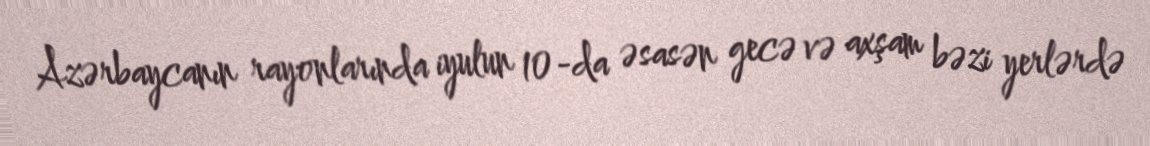
Azərbaycanın rayonlarında iyulun 10-da əsasən gecə və axşam bəzi yerlərdə